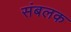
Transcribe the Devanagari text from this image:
संबलक